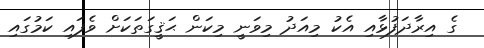
ގެ އިރާދަފުޅާއި އެކު މިއަދު މިވަނީ މިކަން ޙަޤީގަތަކަށް ވެފައި ކަމުގައި